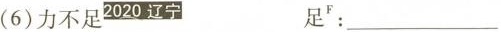
(6)力不足2020辽宁 足^{ F}：___